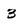
Character: 3